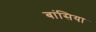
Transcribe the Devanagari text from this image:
बांसिया